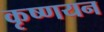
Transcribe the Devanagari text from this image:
कृष्णयन